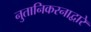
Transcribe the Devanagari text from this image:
नुतानिकरनाद्वारे